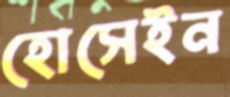
হোসেইন